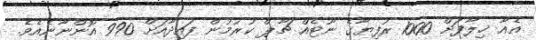
އެއާ ޚިލާފަށް 1000 ރުފިޔާގެ ނޫޓެއް ޗާޕް ކުރުމުން ފައިދާއަށް 990 އޮންނާނެއެވެ.